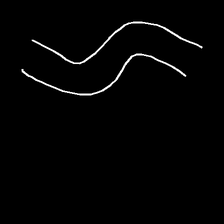
Glyph: float